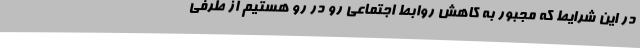
در این شرایط که مجبور به کاهش روابط اجتماعی رو در رو هستیم از طرفی